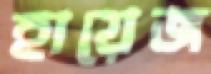
হায়েজ